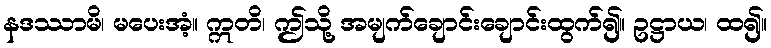
နဒဿာမိ၊ မပေးအံ့။ ဣတိ၊ ဤသို့ အမျက်ချောင်းချောင်းထွက်၍။ ဥဋ္ဌာယ၊ ထ၍။